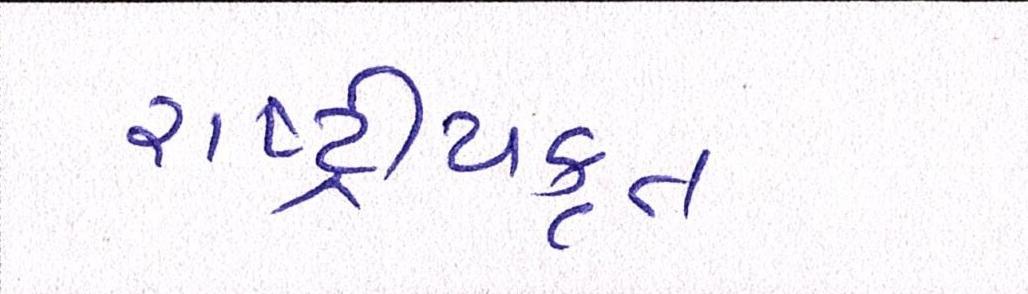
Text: રાષ્ટ્ર્રીયકૃત